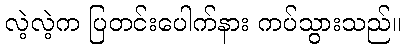
လဲ့လဲ့က ပြတင်းပေါက်နား ကပ်သွားသည်။